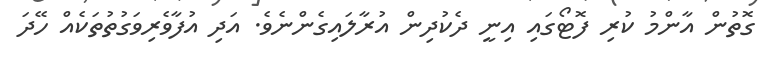
ގޮތުން އާންމު ކުރި ފޮޓޯގައި އިނީ ދެކުދިން އުރާލައިގެންނެވެ. އަދި އުފާވެރިވަގުތުތަކެއް ހޭދަ